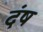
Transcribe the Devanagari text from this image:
दंष